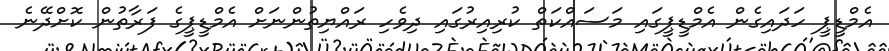
އެމްޑީޕީ ހަދައިގެން އެމްޑީޕީގައި މަސައްކަތް ކުރިއިރުގައި ދިވެހި ރައްޔިތުންނަށް އެމްޑީޕީގެ ފަރާތުން ކޮށްދޭނެ